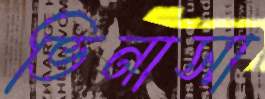
ভিনাসা